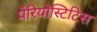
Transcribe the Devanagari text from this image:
पेरियोस्टिटिस